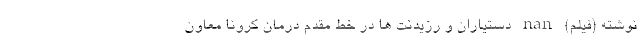
نوشته (فیلم) nan دستیاران و رزیدنت ها در خط مقدم درمان کرونا معاون